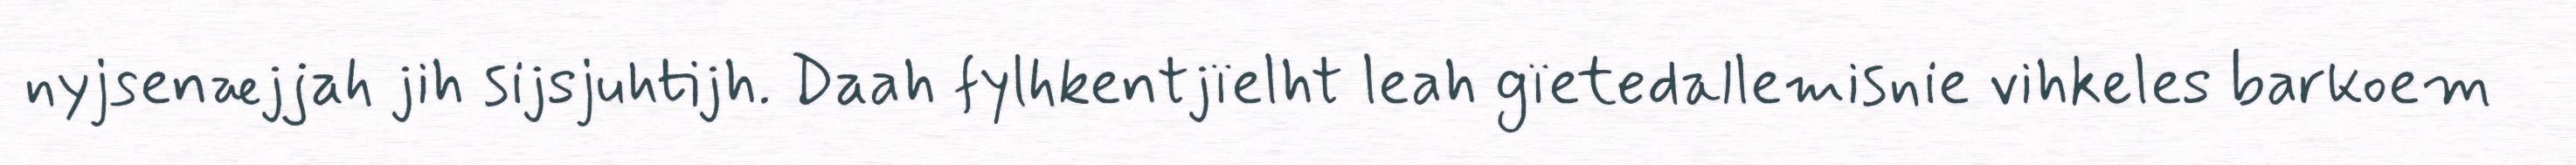
nyjsenæjjah jih sijsjuhtijh. Daah fylhkentjïelht leah gïetedallemisnie vihkeles barkoem